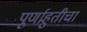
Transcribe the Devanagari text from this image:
पूर्णाहुतीचा